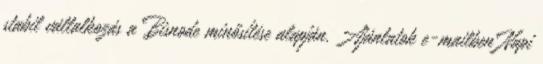
stabil vállalkozás a Bisnode minősítése alapján. Ajánlatok e-mailben Napi